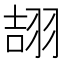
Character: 翓